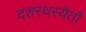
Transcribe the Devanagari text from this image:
दशरथस्यैतौ